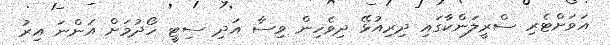
އަވަށްޓެރި ސްރީލަންކާގައި ދިރިއުޅޭ ދިވެހިން ވިސާ އަދި ސިޓީ ހޯދުމަށް އަންނަ އިރު